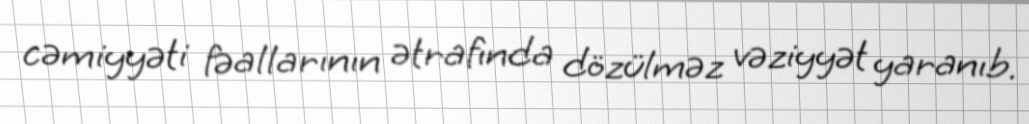
cəmiyyəti fəallarının ətrafında dözülməz vəziyyət yaranıb.